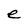
Character: e